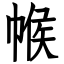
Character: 帿